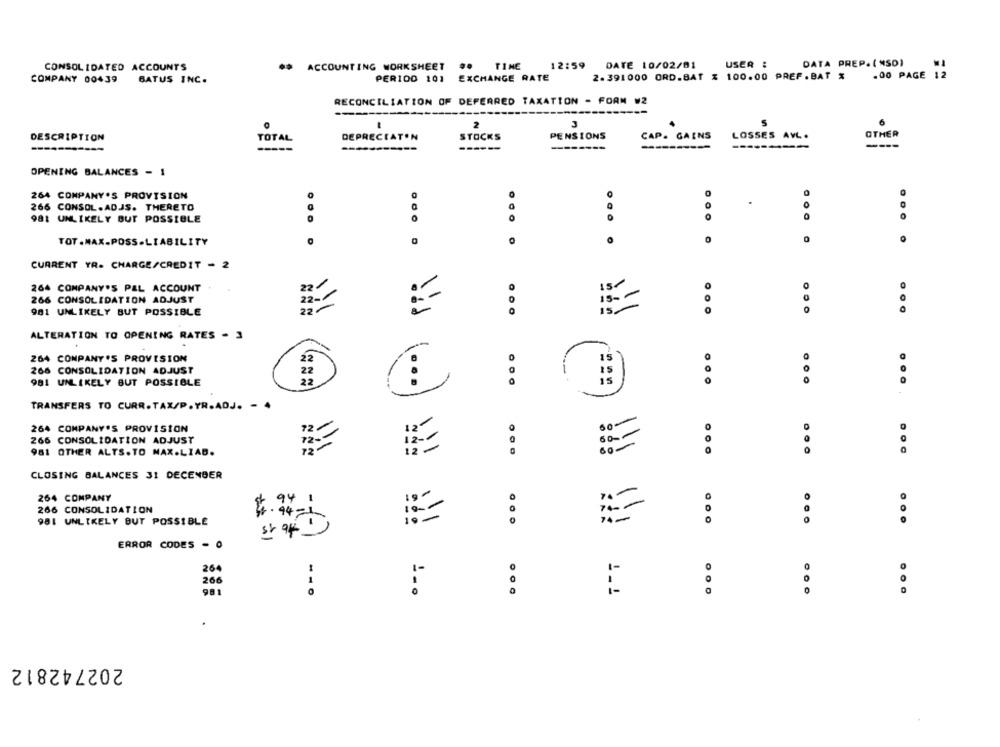
CONSOLIDATED ACCOUNTS
** ACCOUNTING WORKSHEET ## TINE
12:59 DATE 10/02/01
USER :
DATA PREP. ( MSD)
.00 PAGE 12
COMPANY 00439
BATUS INC.
PER100 101 EXCHANGE RATE
2.391000 ORD.BAT % 100.00 PREF. BAT %
RECONCILIATION OF DEFERRED TAXATION - FORM W2
3
5
6
PENSIONS
CAP. GAINS
LOSSES AVL.
OTHER
DESCRIPTION
TOTAL
DEPRECIATON
STOCKS
-----
------
-------
------
--------
OPENING BALANCES - 1
264 COMPANY'S PROVISION
0
266 CONSOL.ADJS. THERETO
0
981 UNLIKELY BUT POSSIBLE
...
0
TOT.MAX.POSS.LIABILITY
CURRENT YR. CHARGE/CREDIT - 2
264 COMPANY'S PAL ACCOUNT
0
266 CONSOLIDATION ADJUST
22
22-
is --
981 UNLIKELY BUT POSSIBLE
...
.. 0
:
ALTERATION TO OPENING RATES - 3
264 COMPANY'S PROVISION
22
15
266 CONSOLIDATION ADJUST
22
981 UNLIKELY BUT POSSIBLE
22
15
TRANSFERS TO CURR.TAX/P.YR.ADJ. - 4
0-
264 COMPANY'S PROVISION
60 --
0
266 CONSOLIDATION ADJUST
80-
981 OTHER ALTS.TO MAX.LIAB.
...
CLOSING BALANCES 31 DECENDER
264 COMPANY
94 1
266 CONSOLIDATION
4 . 44 = 1
981 UNLIKELY BUT POSSIBLE
:
ERROR CODES - 0
264
0
266
981
:
202742812